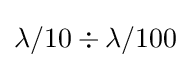
\lambda /10\div \lambda /100